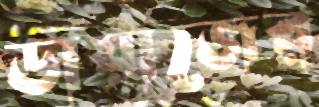
ডায়াজের